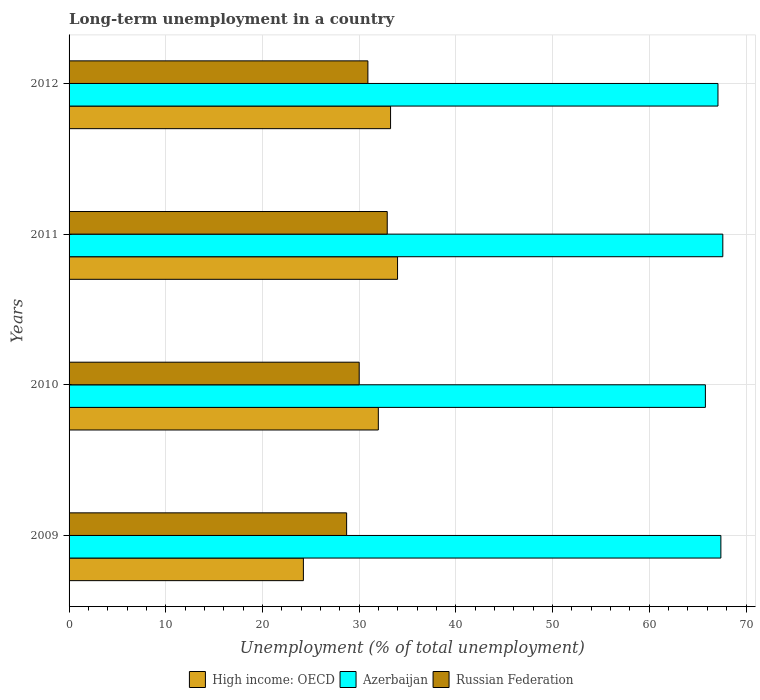
| Years | High income: OECD | Azerbaijan | Russian Federation |
 | --- | --- | --- | --- |
 | 2009 | 24.2 | 67.4 | 28.7 |
 | 2010 | 32 | 65.8 | 30 |
 | 2011 | 34 | 67.6 | 32.9 |
 | 2012 | 33.2 | 67.1 | 30.9 |